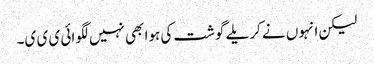
لیکن انہوں نے کریلے گوشت کی ہوا بھی نہیں لگوائی ی ی ی۔